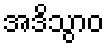
အဒိသွာဝ